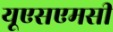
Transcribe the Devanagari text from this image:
यूएसएमसी